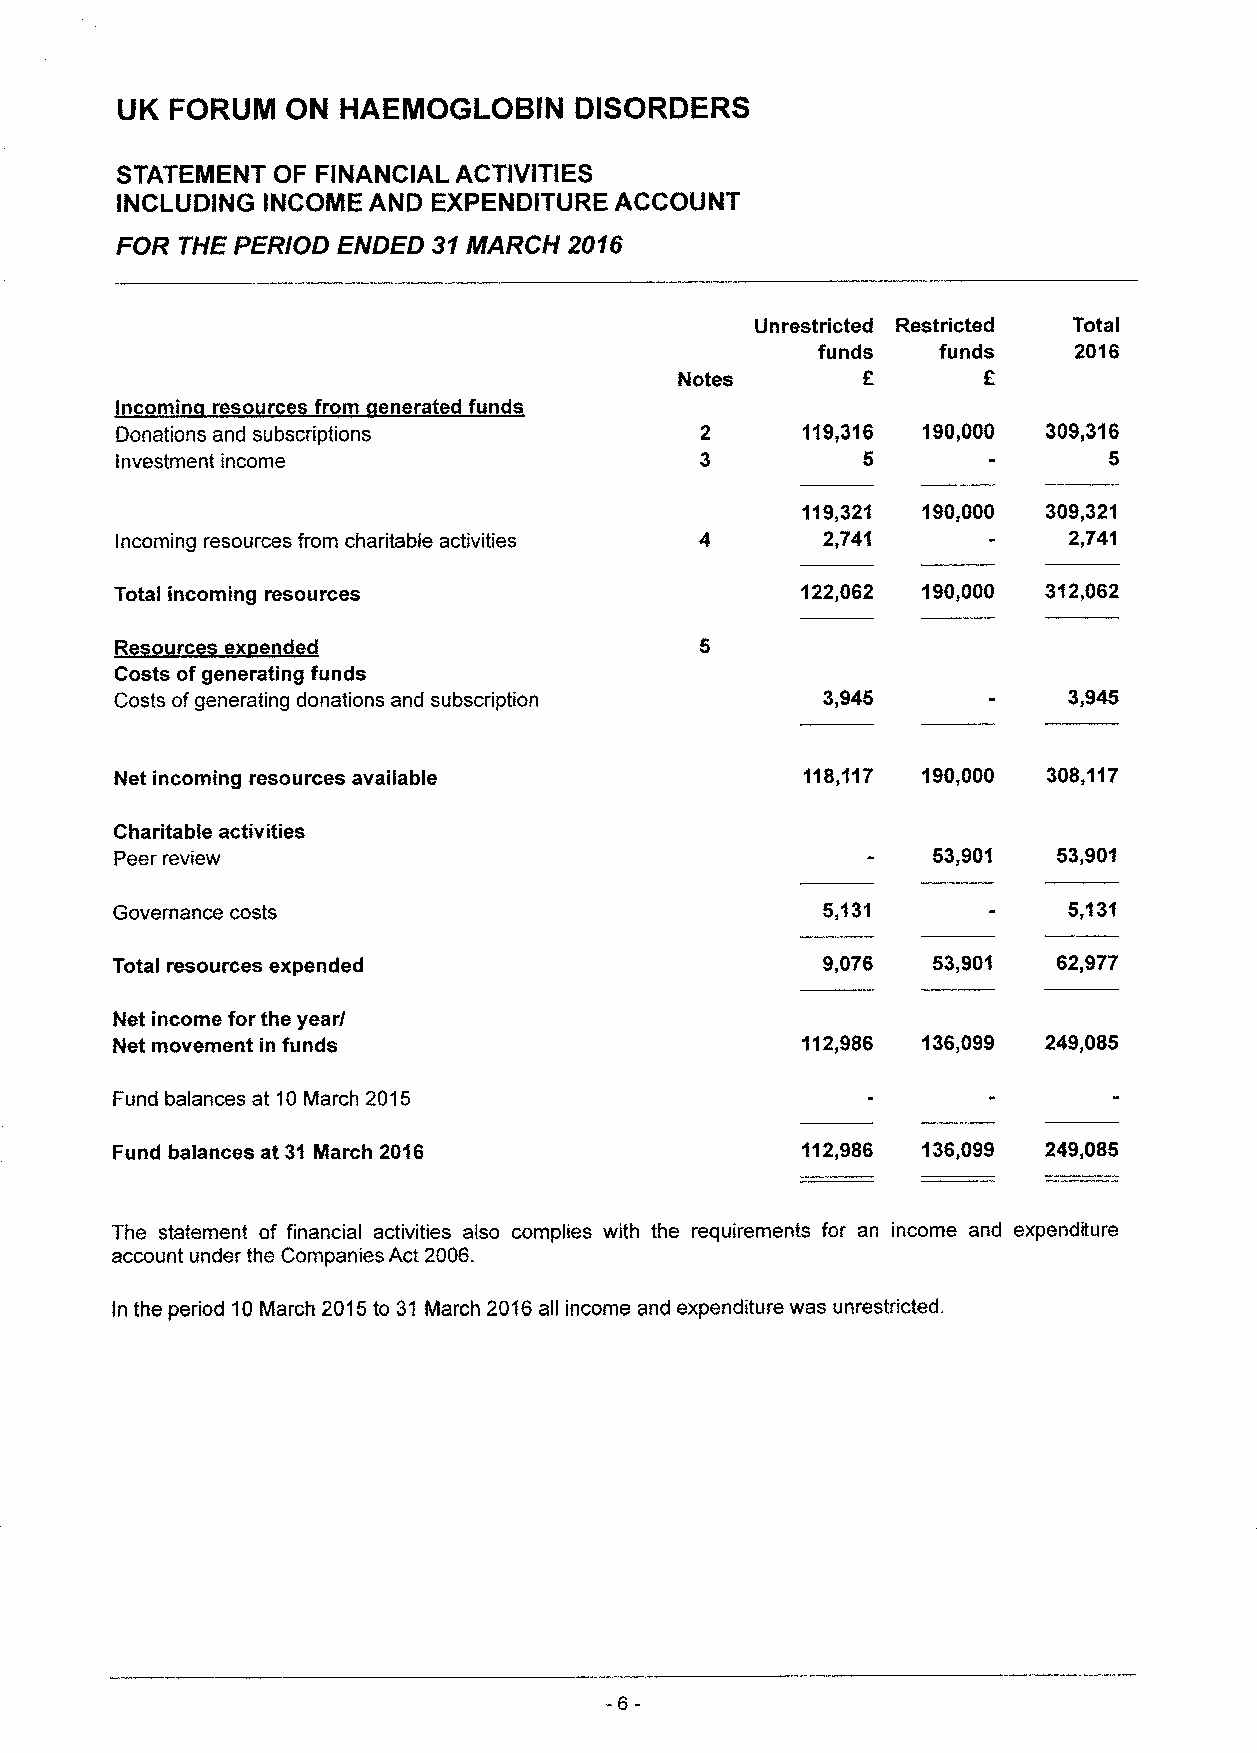
UK FORUM   ON  HAEMOGLOBIN    DISORDERS
 STATEMENT OF FINANCIAL ACTIVITIES
 INCLUDING INCOME AND EXPENDITURE ACCOUNT
 FOR THE PERIOD ENDED 31MARCH  2016
 Unrestricted Restricted Total
 funds   funds    2016
 Notes
 Incomin resp r fr m enerated f nds
 Donations and subscriptions                  119,316 190,000 309,316
 investment income                                5               5
 119,321 190,000 309,321
 Incoming resources from charitable activities 2,741            2,741
 Total incoming resources                     122,062 190,000 312,062
 R   r   x e
 Costs ofgenerating funds
 Costs ofgenerating donations and subscription 3,945            3,945
 Net incoming resources available             118,117 190,000 308,117
 Charitable activities
 Peer review                                           53,901  53,901
 Governance costs                               5,131            5,131
 Total resources expended                       9,076   53,901  62,977
 Net income for the year/
 Net movement in funds                         112,986 136,099 249,085
 Fund balances at 10March 2015
 Fund balances at 31 Nlarch 2016               112,986 136„099 249,085
 The statement of financial activities also complies with the requirements for an income and expenditure
 account under the Companies Act 2006.
 In the period 10March 2015to 31 March 2016all income and expenditure was unrestricted.